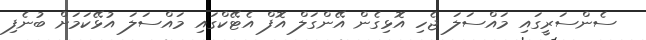
ސެންސަރީގައި މައްސަލަ ޖެހި އޮޅިގެން އޭންގަލް އޮފް އެޓޭކްގައި މައްސަލަ އުޅޭކަމަށް ބުނެފި